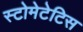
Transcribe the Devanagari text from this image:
स्टोमेटेटिस